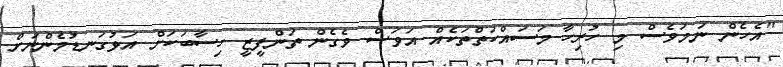
"އެހެން ނަމަވެސް މި ހުރިހާ މަސައްކަތްތަކެއް އަވަސް ވެގެން ތަންފީޒީ ހިސާބަކަށް އަޅުގަނޑުމެންނަށް